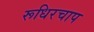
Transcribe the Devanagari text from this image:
रूधिरचाप